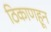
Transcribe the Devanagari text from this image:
ठिकाणहून